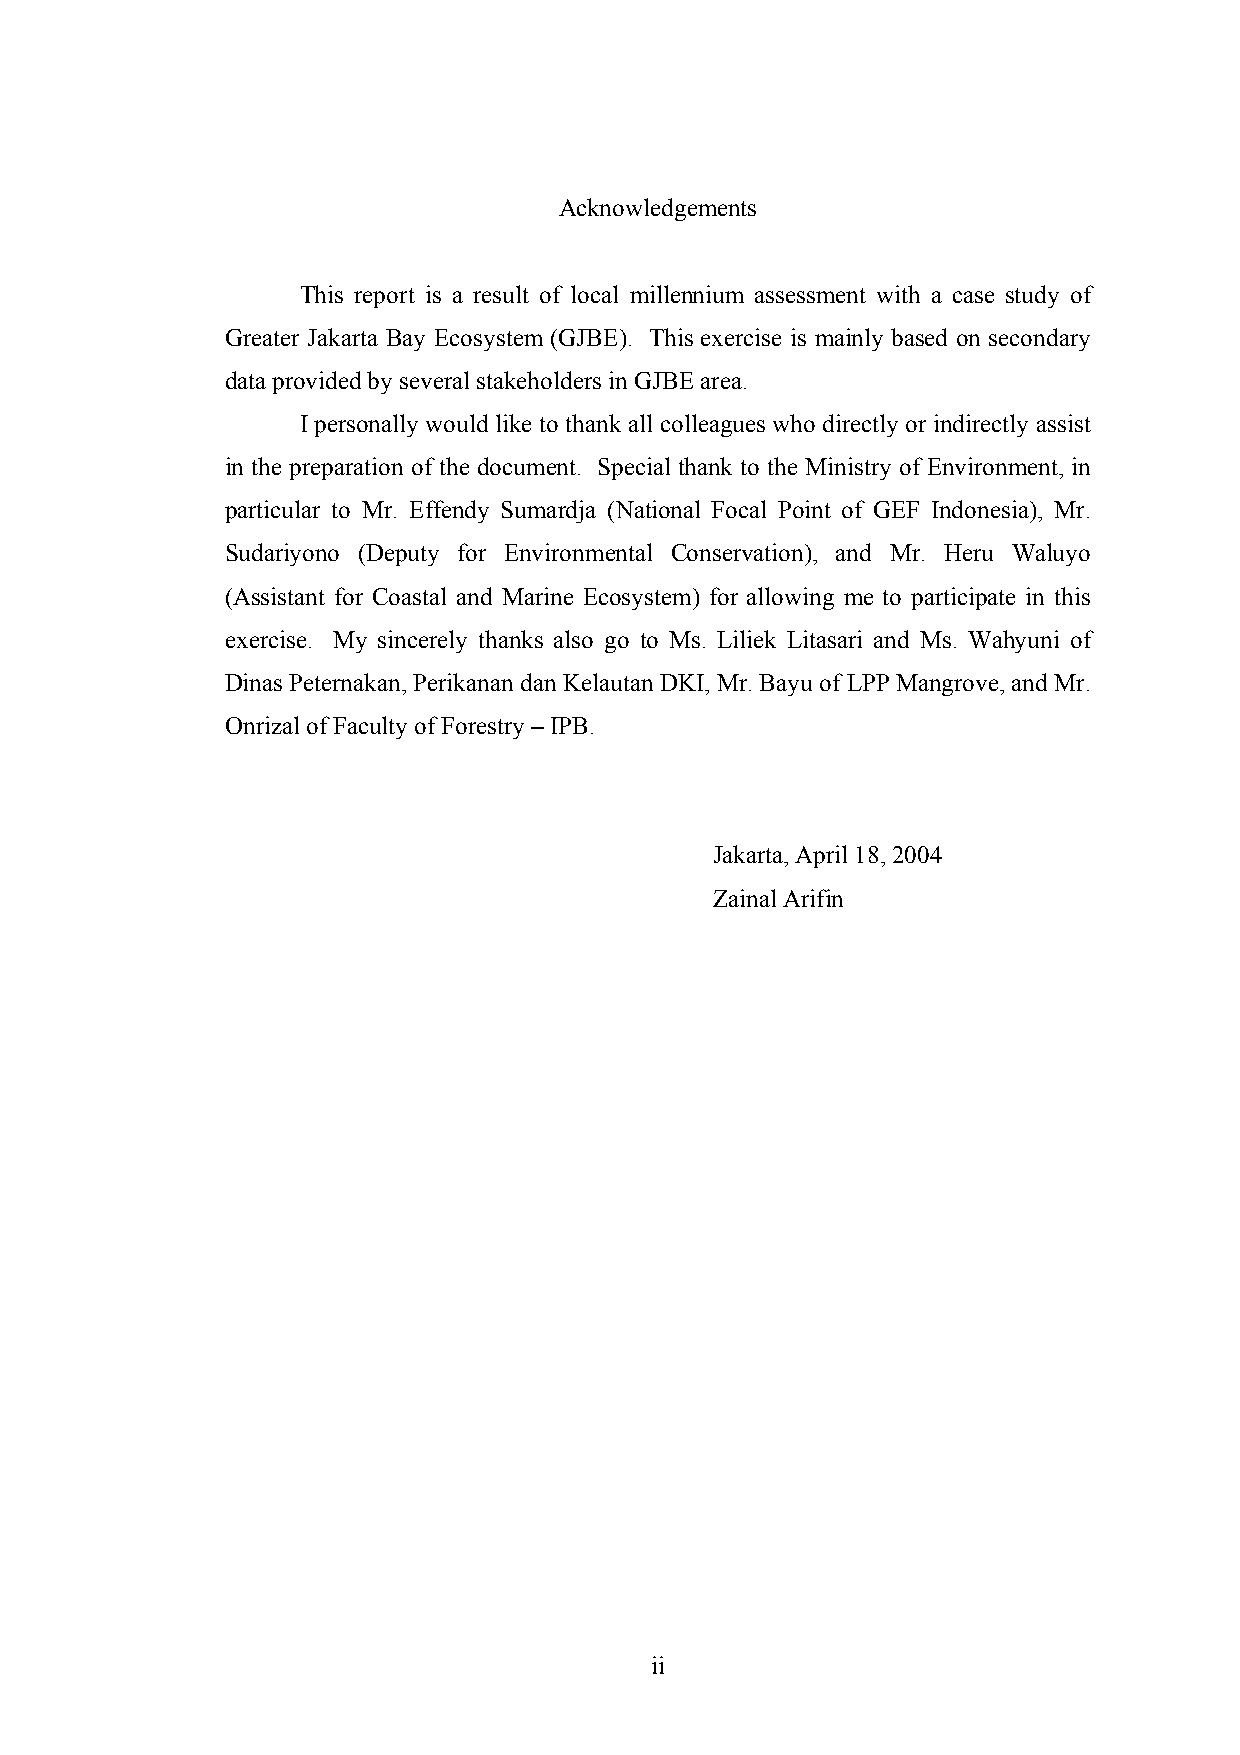
Acknowledgements
 This report is a result of local millennium assessment with a case study of
 Greater Jakarta Bay Ecosystem (GJBE). This exercise is mainly based on secondary
 data provided by several stakeholders in GJBE area.
 I personally would like to thank all colleagues who directly or indirectly assist
 in the preparation of the document. Special thank to the Ministry of Environment, in
 particular to Mr. Effendy Sumardja (National Focal Point of GEF Indonesia), Mr.
 Sudariyono (Deputy for Environmental Conservation), and Mr. Heru Waluyo
 (Assistant for Coastal and Marine Ecosystem) for allowing me to participate in this
 exercise. My sincerely thanks also go to Ms. Liliek Litasari and Ms. Wahyuni of
 Dinas Peternakan, Perikanan dan Kelautan DKI, Mr. Bayu of LPP Mangrove, and Mr.
 Onrizal of Faculty of Forestry – IPB.
 Jakarta, April 18, 2004
 Zainal Arifin
 ii